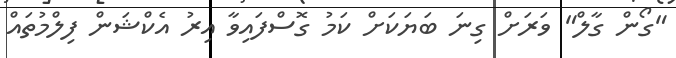
"ގޯން ގާލް" ވަރަށް ގިނަ ބަޔަކަށް ކަމު ގޮސްފައިވާ އިރު އެކްޝަން ފިލްމުތައް